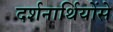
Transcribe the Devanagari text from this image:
दर्शनार्थियोंसे